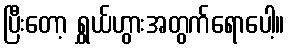
ပြီးတော့ ရွှယ်ဟွားအတွက်ရောပေါ့။